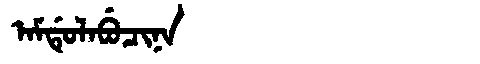
Manchu: ᠠᠮᡩᡠᠯᠠᠪᡠᠴᡳᠨᠠ
Romanization: AMDULABUCINA